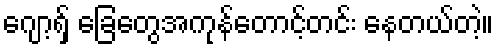
ဂျော့ရှ် ခြေတွေအကုန်တောင့်တင်း နေတယ်တဲ့။